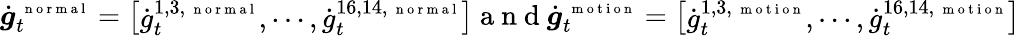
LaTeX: \dot{\boldsymbol g}_{t}^{\mathrm{~\scriptsize~n~o~r~m~a~l~}}=\left[\begin{array}{l}{\dot{g}_{t}^{1,3,\mathrm{~\scriptsize~n~o~r~m~a~l~}},\cdots,\dot{g}_{t}^{16,14,\mathrm{~\scriptsize~n~o~r~m~a~l~}}}\end{array}\right]\mathrm{~a~n~d~}\dot{\boldsymbol g}_{t}^{\mathrm{~\scriptsize~m~o~t~i~o~n~}}=\left[\begin{array}{l}{\dot{g}_{t}^{1,3,\mathrm{~\scriptsize~m~o~t~i~o~n~}},\cdots,\dot{g}_{t}^{16,14,\mathrm{~\scriptsize~m~o~t~i~o~n~}}}\end{array}\right]